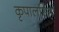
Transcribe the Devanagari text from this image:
कृपालसिंह